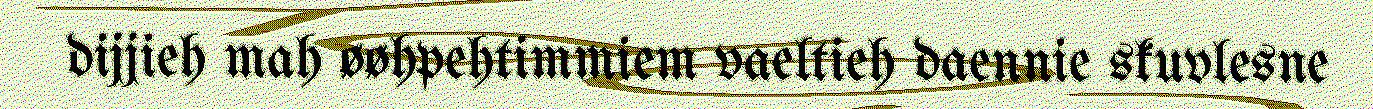
dijjieh mah øøhpehtimmiem vaeltieh daennie skuvlesne